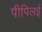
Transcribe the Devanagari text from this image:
पीपिलई